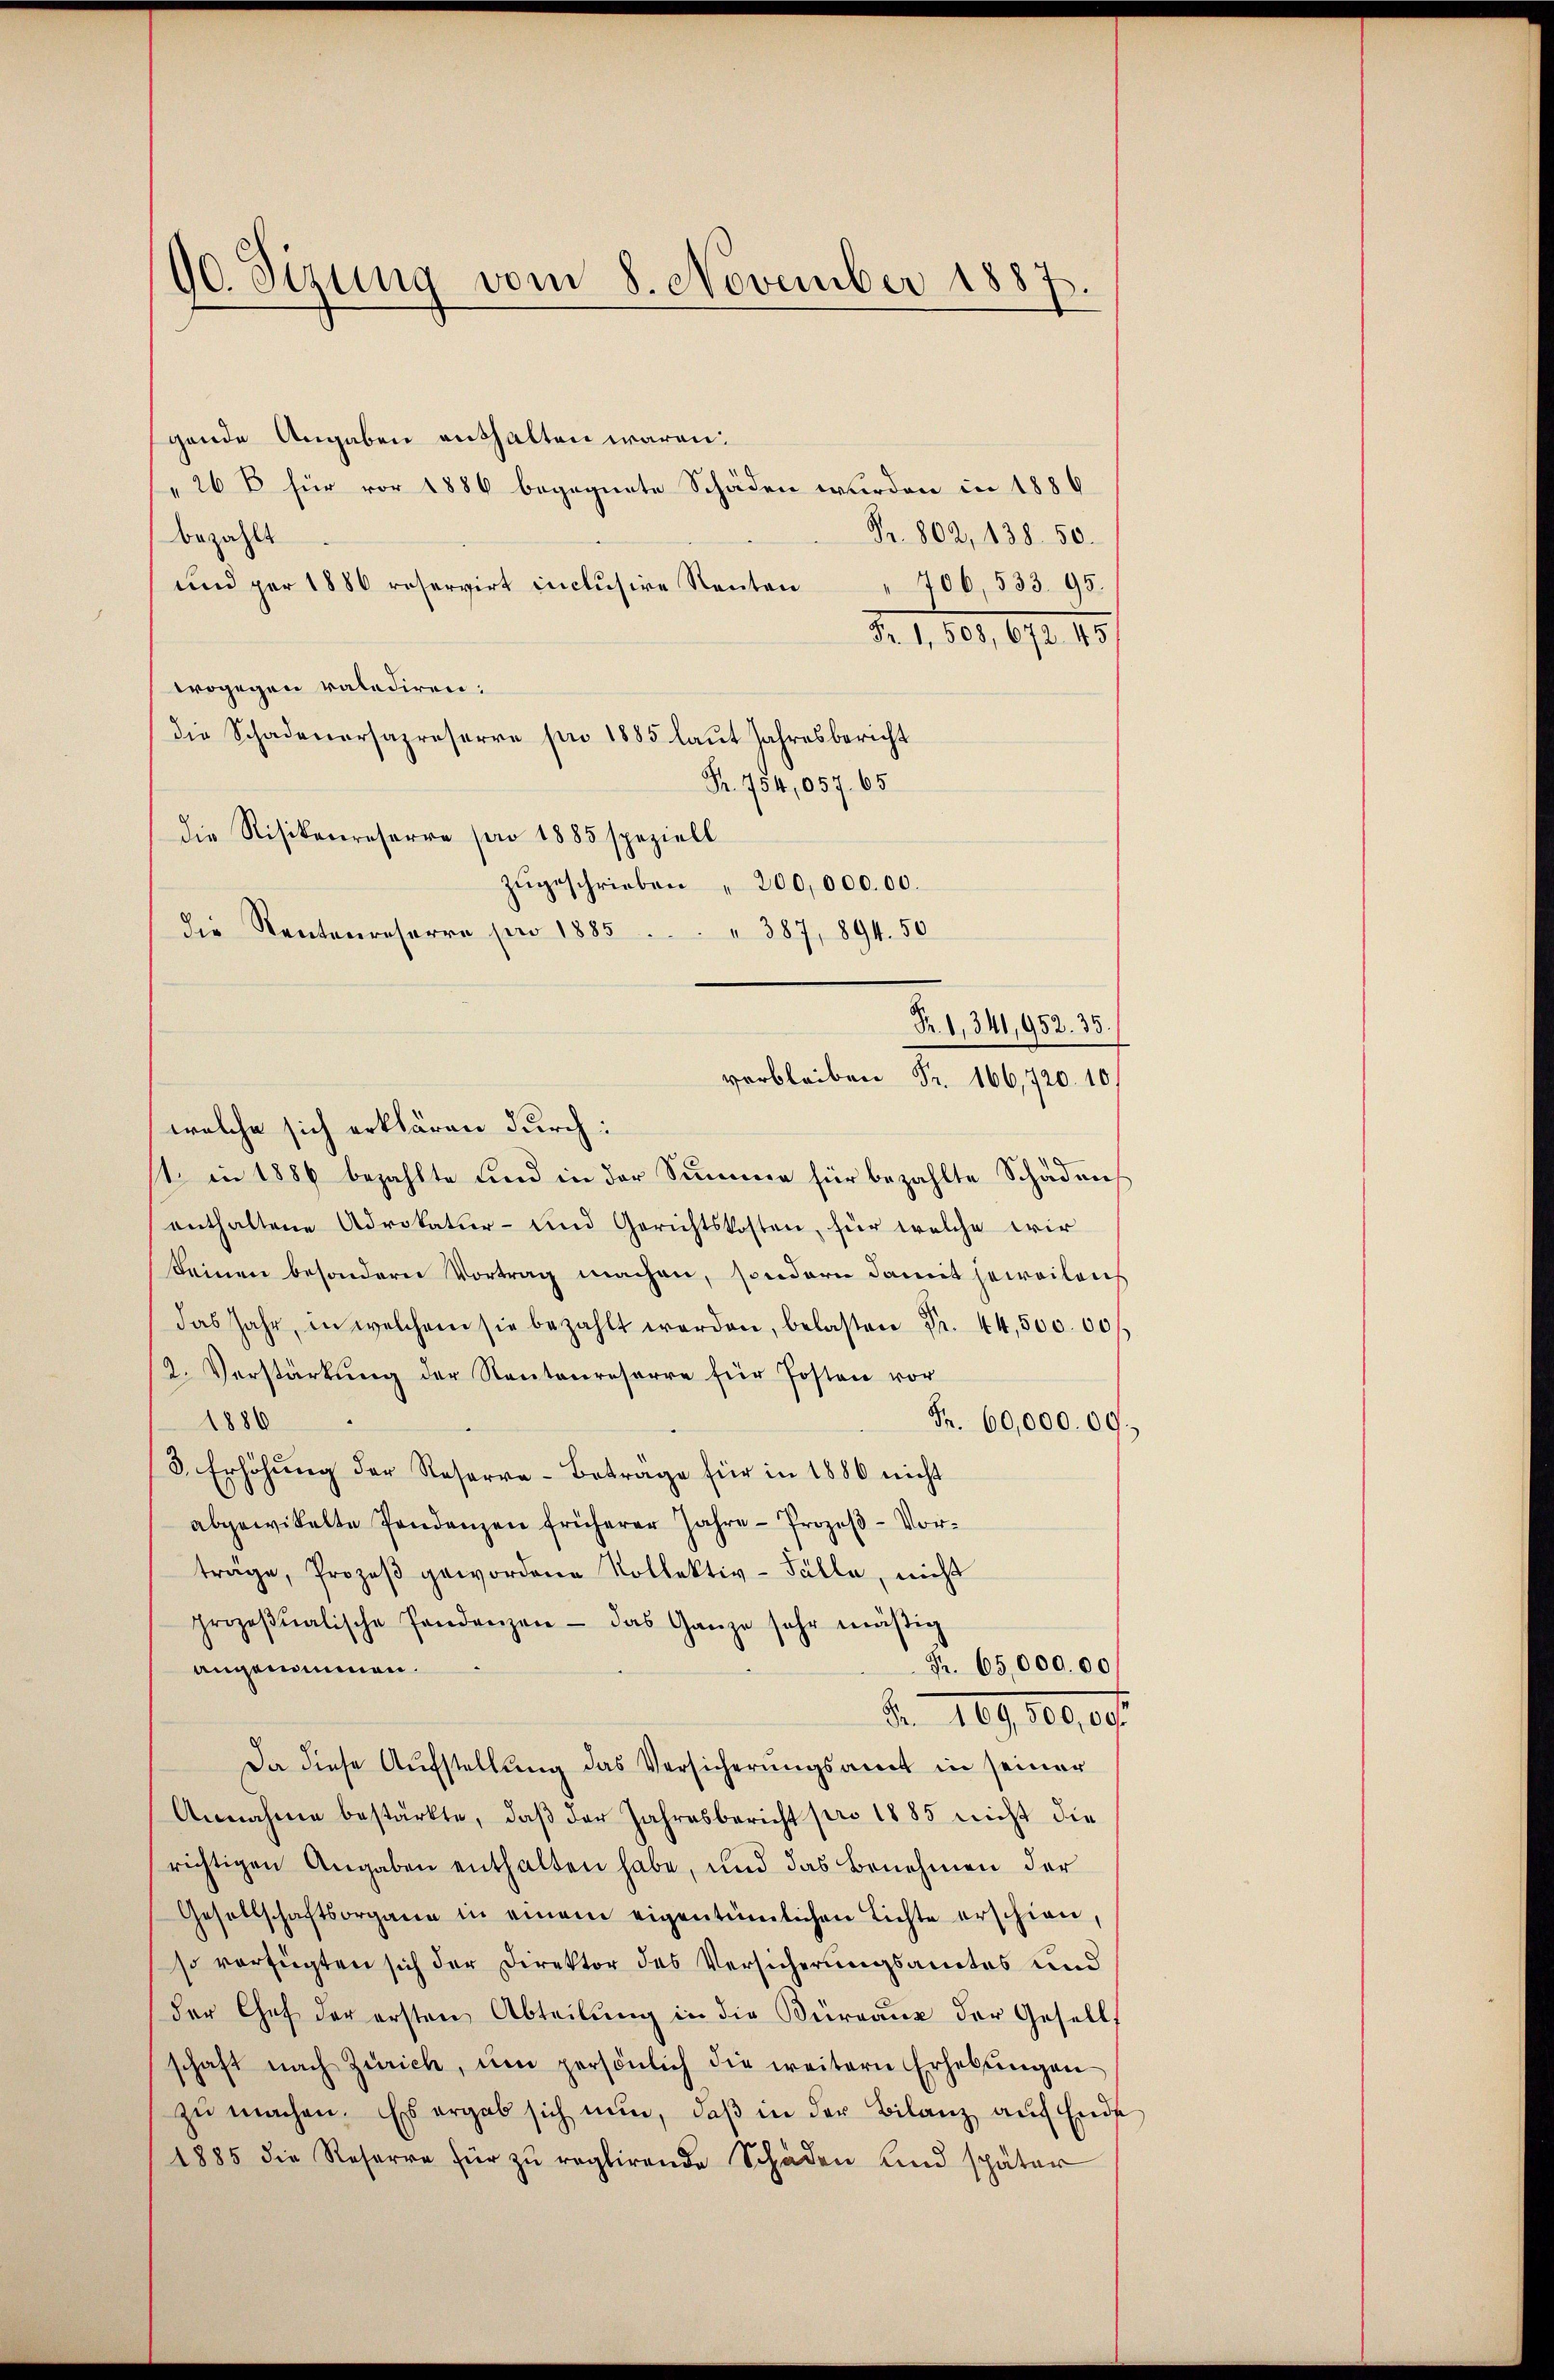
gende Angaben enthalten wären.
"26 B für vor 1886 begegnete Schäden wurden in 1886
Pr. 802, 138. 50.
bezahlt
und per 1886 roservirt inclŭsive Renten " 706, 533. 95.
d. 11501, 671. 15
wogegen ratediren:
die Schadenersapreserre pro 1885 laŭt Jahresbericht
Fr. 754,057. 65
die Risikenreserre pro 1885 speziell
zugeschrieben " 200,000. 00.
¬
Die Rentenreserre pro 1885
 387, 894. 50
welche sich erklären durch:
st. in 1886 bezahlte Kind in der Summe für bezahlte Schädens
enthaltene Advokatier- und Gerichtskosten, für welche wir
keinen besondern Vortrag machen, sondern damit jeweilens
das Jahr, in welchem sie bezahlt werden, belasten Fr. 44,50000 f
2. Verstärkŭng der Rentenreserre für Posten vor
1886
Fr. 60,000. 00
3. Erhöhung der Reserva-Beträge für in 1886 nicht
abgewittelte Pendenzen früherer Jahre Prozeβ-Vor-
träge, Prozeβ gewordene Kollektiv-Fälle, nicht
prozeβŭalische Pandenzen - das Ganze sehr mäβig
Fr. 65,000. 00
angenommen.
de 189. 10,0
Da diese Aufstellung das Versicherungsamt in seiner
Annahme bestärkte, daβ der Jahresbericht pro 1885 nicht die
richtigen Angaben enthalten habe, und das Benehmen der
Gesellschaftsorgane in einem eigentümlichen Lichte erschien,
so verfügten sich der Direktor des Versicherungsamtes und
der Chef der ersten Abteilŭng in die Büreaŭs der Gesell
schaft nach Zürich, um persönlich die weitern Erhebŭngen
zŭ machen. Es ergab sich nun, daβ in der Bilanz auf Ende
1885 die Reserre für zŭ reglirende Schaden und später

00. Sizung vom 8. November 1887

le 166,720. 10

Fr. 1, 341,952. 35.